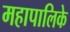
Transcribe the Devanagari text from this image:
महापालिके